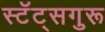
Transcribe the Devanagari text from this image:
स्टॅट्सगुरू